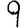
Digit: 9